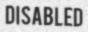
DISABLED